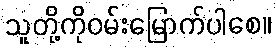
သူတို့ကိုဝမ်းမြောက်ပါစေ။